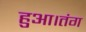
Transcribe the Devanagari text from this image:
हुआ।तंग